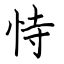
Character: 恃